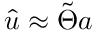
\boldsymbol { \hat { u } } \approx \boldsymbol { \tilde { \Theta } } \boldsymbol { a }